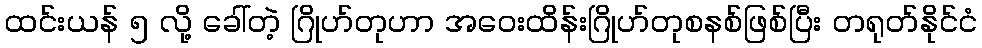
ထင်းယန် ၅ လို့ ခေါ်တဲ့ ဂြိုဟ်တုဟာ အဝေးထိန်းဂြိုဟ်တုစနစ်ဖြစ်ပြီး တရုတ်နိုင်ငံ